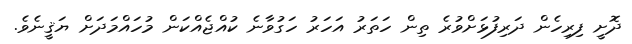
ދޮށީ ފިރިހެން ދަރިފުޅަށްވުރެ ތިން ހަތަރު އަހަރު ހަގުވާނެ ކުއްޖެއްކަން މުހައްމަދަށް ޔަޤީނެވެ.